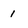
Character: 1